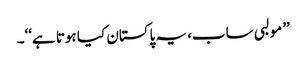
’’مولبی ساب، یہ پاکستان کیا ہوتا ہے‘‘۔